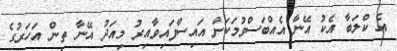
އެ ކްލަބާ އެކު އޭނާ އެއްބަސްވުމަކަށް އައިސްފައިވާއިރު މިއަދު އޭނާ ތިން އަހަރުގެ